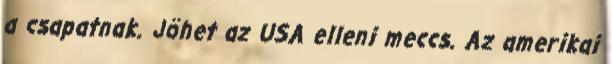
a csapatnak. Jöhet az USA elleni meccs. Az amerikai